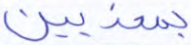
بمعذبين